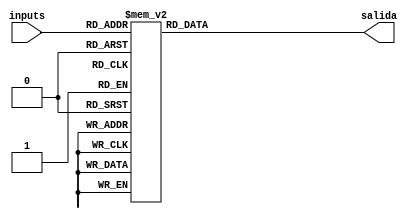
module NUMPRIMOS(
	input [3:0] inputs,
	output reg salida
	
);

always @(*)
begin

	case (inputs)
		1:
		salida = 1;
		2:
		salida = 1;
		3:
		salida = 1;
		5:
		salida = 1;
		7:
		salida = 1;
		11:
		salida = 1;
		13:
		salida = 1;
		15:
		salida = 1;
		
		default
		salida = 0;

	endcase

end
endmodule